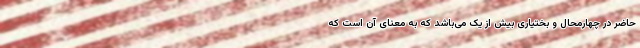
حاضر در چهارمحال و بختیاری بیش‌ از یک می‌باشد که به معنای آن است که